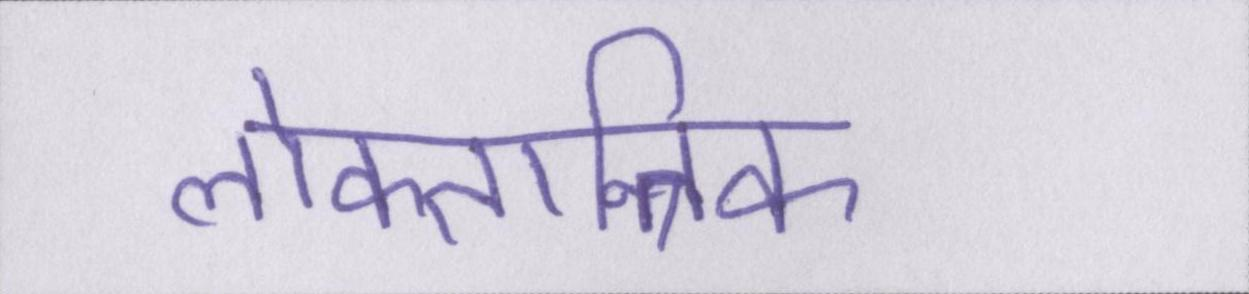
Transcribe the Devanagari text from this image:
लोकतान्त्रिक